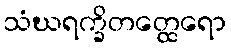
သံဃရက္ခိတတ္ထေရော